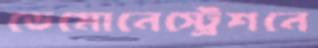
ডেমোনেস্ট্রেশনে